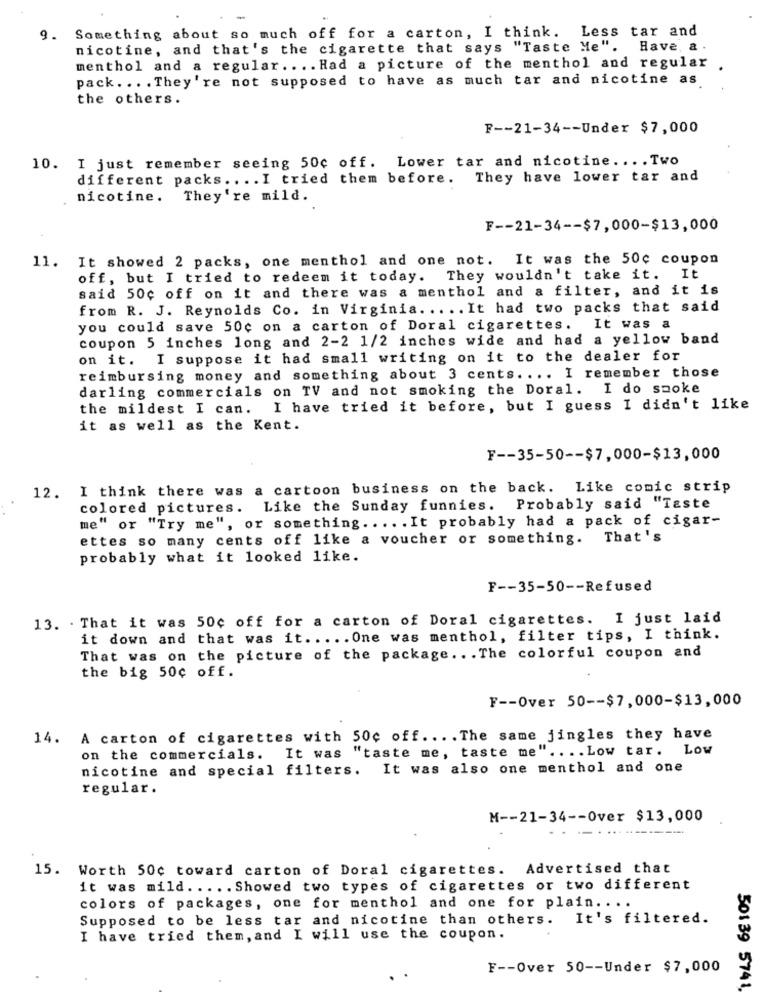
9. Something about so much off for a carton, I think. Less tar and
nicotine, and that's the cigarette that says "Taste Me".
Have, a
menthol and a regular. ... Had a picture of the menthol and regular
pack .... They're not supposed to have as much tar and nicotine as
the others.
F -- 21-34 -- Under $7,000
10. I just remember seeing 50c off. Lower tar and nicotine .... Two
different packs .. .. I tried them before. They have lower tar and
nicotine. They're mild.
F -- 21-34 -- $7,000-$13,000
11. It showed 2 packs, one menthol and one not. It was the 50c coupon
off, but I tried to redeem it today. They wouldn't take it. It
said 50c off on it and there was a menthol and a filter, and it is
from R. J. Reynolds Co. in Virginia. .... It had two packs that said
you could save 50c on a carton of Doral cigarettes. It was a
coupon 5 inches long and 2-2 1/2 inches wide and had a yellow band
on it. I suppose it had small writing on it to the dealer for
reimbursing money and something about 3 cents. ... I remember those
darling commercials on TV and not smoking the Doral. I do smoke
the mildest I can.
I have tried it before, but I guess I didn't like
it as well as the Kent.
F -- 35-50 -- $7,000-$13,000
12. I think there was a cartoon business on the back. Like comic strip
colored pictures. Like the Sunday funnies. Probably said "Taste
me" or "Try me", or something ..... It probably had a pack of cigar-
ettes so many cents off like a voucher or something.
That's
probably what it looked like.
F -- 35-50 -- Refused
13. . That it was 50c off for a carton of Doral cigarettes. I just laid
it down and that was it ..... One was menthol, filter tips, I think.
That was on the picture of the package ... The colorful coupon and
the big 50¢ off.
F -- Over 50 -- $7,000-$13,000
14. A carton of cigarettes with 50c off .... The same jingles they have
"taste me, taste me" .... Low tar. Low
on the commercials. It was
nicotine and special filters. It was also one menthol and one
regular.
M -- 21-34 -- Over $13,000
15. Worth 50c toward carton of Doral cigarettes. Advertised that
it was mild ..... Showed two types of cigarettes or two different
colors of packages, one for menthol and one for plain ....
Supposed to be less tar and nicotine than others. It's filtered.
I have tried them, and I will use the coupon.
F -- Over 50 -- Under $7,000
501 39 5741,